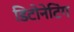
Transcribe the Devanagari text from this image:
डिटोनेटिंग